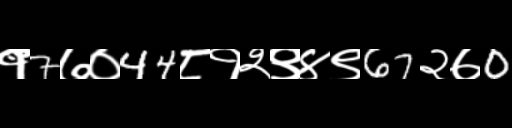
Text: १7७०44८१२९४९67२७0